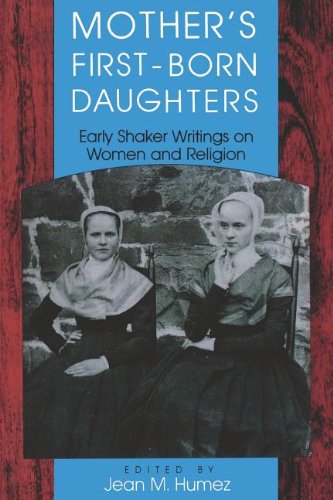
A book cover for Mother's First-Born Daughters: Early Shaker Writings on Women and Religion (Religion in North America); Christian Books & Bibles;